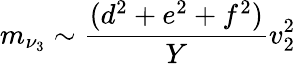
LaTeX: m_{\nu_{3}}\sim\frac{(d^{2}+e^{2}+f^{2})}{Y}v_{2}^{2}